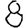
Digit: 8